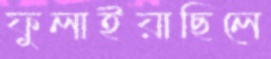
ফুলাইয়াছিলে